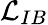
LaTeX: \mathcal{L}_{IB}